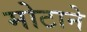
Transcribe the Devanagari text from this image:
मोटाने